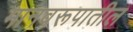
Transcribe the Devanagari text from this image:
मानवरूपातील